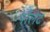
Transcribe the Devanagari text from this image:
पोलेट